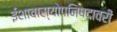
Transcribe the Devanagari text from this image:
ईशावास्योपनिषदावरी